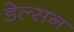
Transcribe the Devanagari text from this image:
डेल्सन